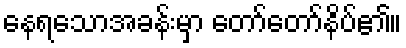
နေရသောအခန်းမှာ တော်တော်နိပ်၏။